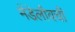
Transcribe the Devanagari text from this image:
मेंडेलीवची